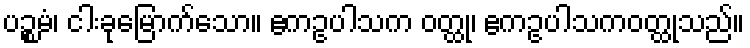
ပဉ္စမံ၊ ငါးခုမြောက်သော။ ဧကဥပါသက ဝတ္ထု၊ ဧကဥပါသကဝတ္ထုသည်။